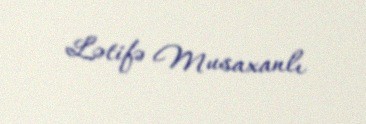
Lətifə Musaxanlı